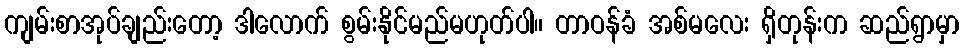
ကျမ်းစာအုပ်ချည်းတော့ ဒါလောက် စွမ်းနိုင်မည်မဟုတ်ပါ။ တာဝန်ခံ အစ်မလေး ရှိတုန်းက ဆည်ရွာမှာ